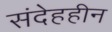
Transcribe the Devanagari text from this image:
संदेहहीन